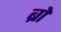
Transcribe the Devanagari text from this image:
ब्राे